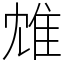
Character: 䧵